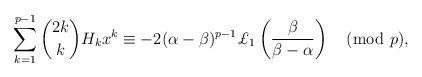
LaTeX: \begin{align*}\sum_{k=1}^{p-1}\binom{2k}{k}H_kx^k\equiv-2(\alpha-\beta)^{p-1}\pounds_1\left(\frac{\beta}{\beta-\alpha}\right)\pmod{p},\end{align*}